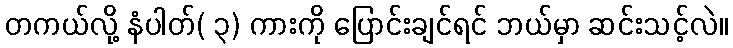
တကယ်လို့ နံပါတ်( ၃) ကားကို ပြောင်းချင်ရင် ဘယ်မှာ ဆင်းသင့်လဲ။